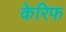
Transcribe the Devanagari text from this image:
केरिफ